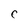
Character: C